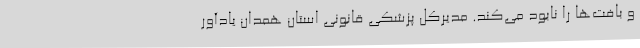
و بافت‌ها را نابود می‌کند. مدیرکل پزشکی قانونی استان همدان یادآور